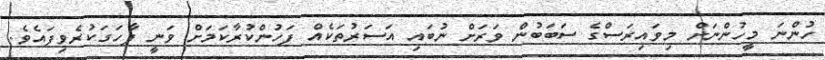
ހުންނަ މީހުންނަށް މިވައިރަސްގެ ސަބަބުން ވަރަށް ނުބައި އަސަރުތަކެއް ފަހުންކުރާކަމަށް ވަނީ ފާހަގަކުރެވިފައެވެ.